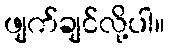
ဖျက်ချင်လို့ပါ။